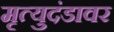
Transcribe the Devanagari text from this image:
मृत्युदंडावर